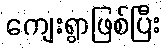
ကျေးရွာဖြစ်ပြီး